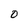
Character: O